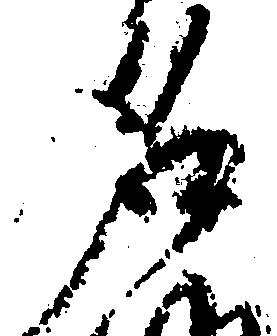
名